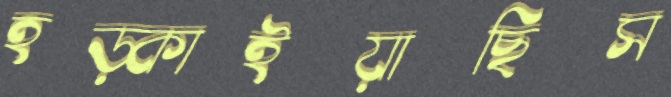
হড়্‌কাইয়াছিস